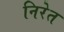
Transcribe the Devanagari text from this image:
निरेत